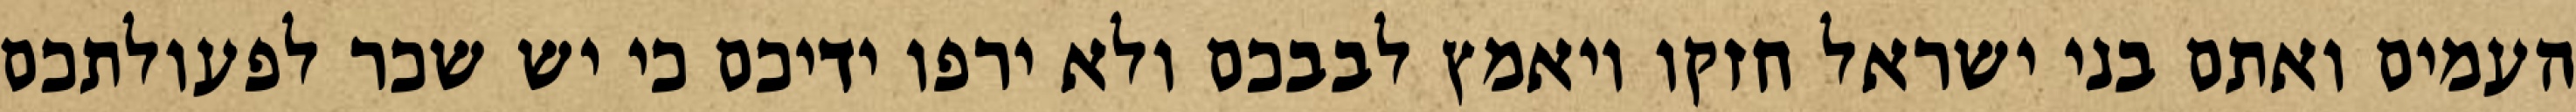
העמים ואתם בני ישראל חזקו ויאמץ לבבכם ולא ירפו ידיכם כי יש שכר לפעולתכם